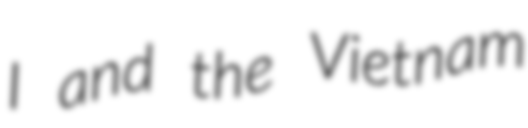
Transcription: I and the Vietnam